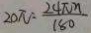
2 0 \pi = \frac { 2 4 \pi n } { 1 8 0 }